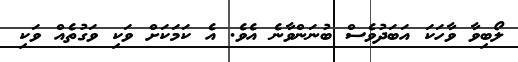
ލޯބިވާ ވާހަކަ އަބަދުވެސް ބުނަންވާނެ އެވެ. އެ ކަމަކަށް ވަކި ވަގުތެއް ވަކި